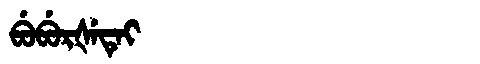
Manchu: ᠪᡠᠪᡠᡵᡧᡝᡨᡝᡳ
Romanization: BUBURŠETEI